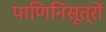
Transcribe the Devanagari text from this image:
पाणिनिसूत्रों